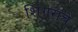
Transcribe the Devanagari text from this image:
शिंगराचे